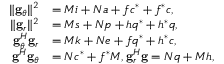
\begin{array} { r l } { { \| { { { \bf { g } } _ { \theta } } } \| ^ { 2 } } } & { = M i + N a + f { c ^ { * } } + { f ^ { * } } c , } \\ { { \| { { { \bf { g } } _ { r } } } \| ^ { 2 } } } & { = M s + N p + h { q ^ { * } } + { h ^ { * } } q , } \\ { { \bf { g } } _ { \theta } ^ { H } { { \bf { g } } _ { r } } } & { = M k + N e + f { q ^ { * } } + { h ^ { * } } c , } \\ { { { \bf { g } } ^ { H } } { { \bf { g } } _ { \theta } } } & { = N { c ^ { * } } + { f ^ { * } } M , { \bf { g } } _ { r } ^ { H } { \bf { g } } = N q + M h , } \end{array}